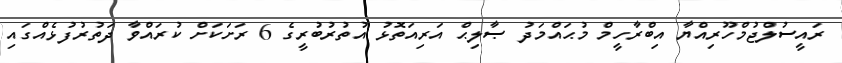
ރައީސުލްޖުމްހޫރިއްޔާ އިބްރާހީމް މުޙައްމަދު ޞާލިޙް އަރިއަތޮޅު އުތުރުބުރީގެ 6 ރަށަކަށް ކުރައްވާ ދަތުރުފުޅެއްގައި